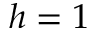
h = 1